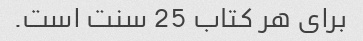
برای هر کتاب 25 سنت است.